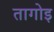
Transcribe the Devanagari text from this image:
तागोइ